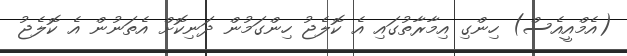
(އެމްއީއެސް) ހިންގި އިމާރާތުގައި އެ ކޮލެޖު ހިންގަމުން ދަނިކޮށް އެތަނުން އެ ކޮލެޖު